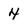
Character: 4